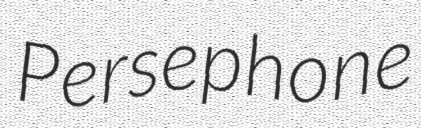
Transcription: Persephone